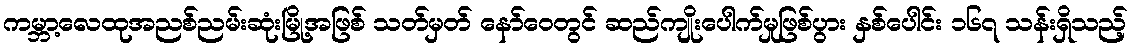
ကမ္ဘာ့လေထုအညစ်ညမ်းဆုံးမြို့အဖြစ် သတ်မှတ် နော်ဝေတွင် ဆည်ကျိုးပေါက်မှုဖြစ်ပွား နှစ်ပေါင်း ၁၆၇ သန်းရှိသည့်